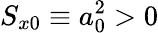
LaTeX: S_{x0}\equiv a_{0}^{2}>0